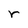
Character: r